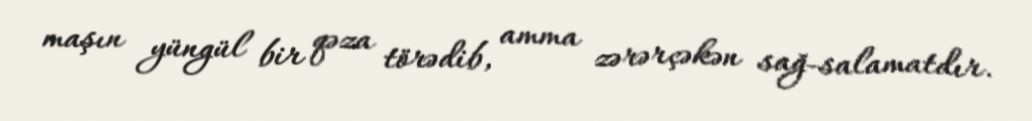
maşın yüngül bir qəza törədib, amma zərərçəkən sağ-salamatdır.